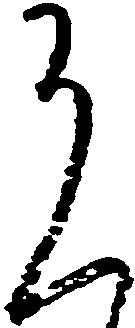
恐